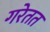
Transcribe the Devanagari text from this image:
गरेतत